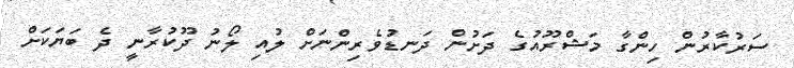
ސަރުކާރުން ހިންގާ މަޝްރޫއުގެ ދަށުން ދަނޑުވެރިންނަށް ލުއި ލޯނު ދޫކުރާނީ ދެ ބަޔަކަށް